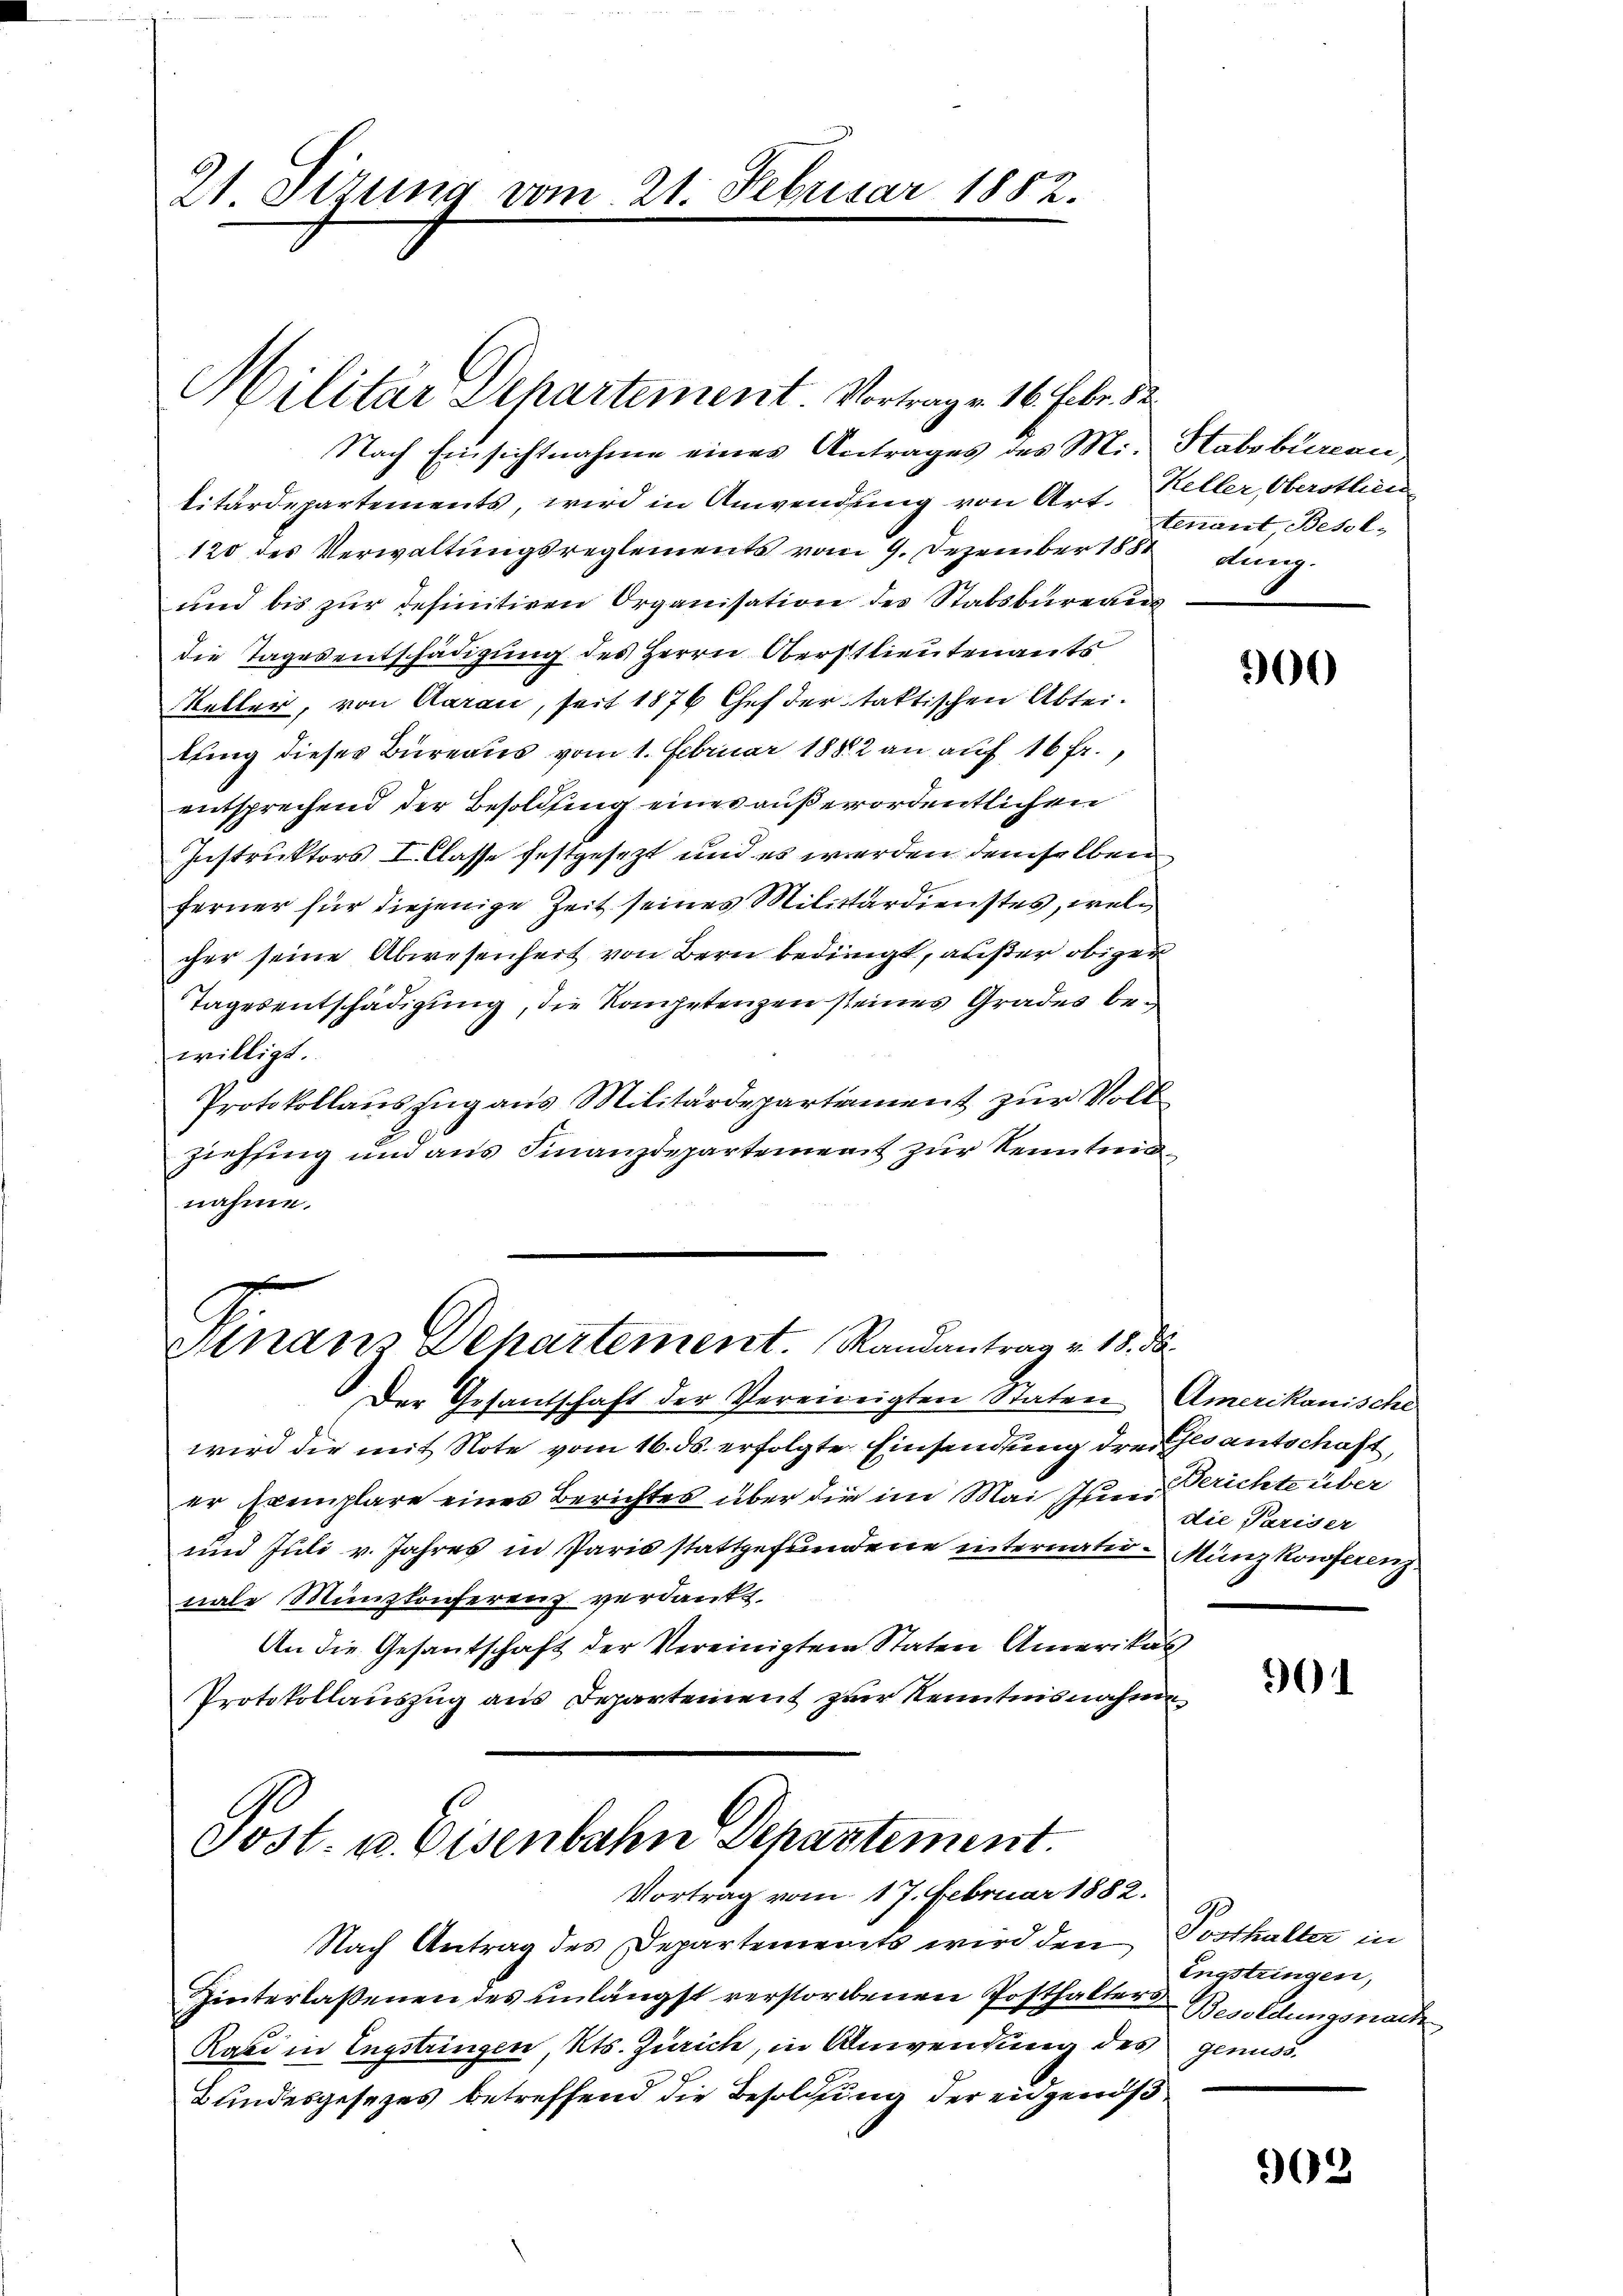
21. Sizung vom

Militär Dchartement. Vortrag v. 16. Febr. 82

21. Febuisa

Nach Einsichtnahme eines Antrages des Mi- Stabsbureau
titärdepartements, wird in Anwendung von Art.
120 des Verwaltungsreglements vom 9. Dezember 1881 dung.
und bis zur definitiven Organisation des Stabsbureau
die Tages entschädigung des Herrn Oberstlieutenants
Keller, von Aarau, seit 1876 Chef der taktischen Abteilung dieses Büreaus vom 1. Februar 1882 an auf 16 fr.,
entsprechend der Besoldung eines außerordentlichen
Instruktors I. Classe festgesezt und es werden demselben
ferner für diejenige Zeit seines Militärdienstes, welcher seine Abwesenheit von Bern bedingt, außer obiger
Tagesentschädigung, die Kompetenzen seines Grades bewilligt.
Protokollauszug aus Militärdepartement zur Vollziehung und aus Finanzdepartement zur Kenntnisnahme.

1882.

Finanz Departement. Randantrag v. 18. d

Vortrag vom 17. Februar 1882.

Nach Antrag des Departements wird den
Hinterlaßenen des unlängst verstorbenen Posthalter Besoldungsnach
Rasi in Engstringen, Kts. Zürich, in Anwendung des genuss
Bundesgesezes betreffend die Besoldung der eidgenöß

Keller, Obersten
tenant Besol¬

Der Gesandtschaft der Vereinigten Staten Amerikanische
wird die mit Note vom 16. ds. erfolgte Einsendung drei Gesantschaft,
er Exemplare eines Berichtes über die im Mai zum Berichte über
und Juli v. Jahres in Paris stattgefundene internatio-Münzkonferenz.
nale Münzkonferenz verdankt.
An die Gesantschaft der Vereinigtem Staten Amerikas
Protokollauszug aus Departement zur Kenntnisnahme
Post. u. Eisenbahn Departement.

900

die Pariser

01

A
Tosthalter in
Engstringen,

902